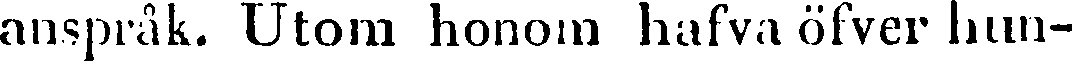
anspråk. Utom honom hafva öfver hun-